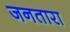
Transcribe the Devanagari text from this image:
जनतारा